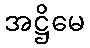
အဋ္ဌိမေ